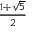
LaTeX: \textstyle { \frac { 1 + { \sqrt { 5 } } } { 2 } }